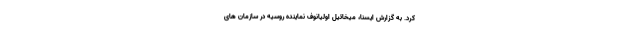
کرد. به گزارش ایسنا، میخائیل اولیانوف نماینده روسیه در سازمان های